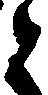
と